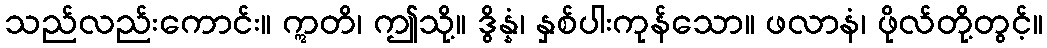
သည်လည်းကောင်း။ ဣတိ၊ ဤသို့။ ဒွိန္နံ၊ နှစ်ပါးကုန်သော။ ဖလာနံ၊ ဖိုလ်တို့တွင့်။